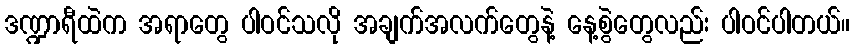
ဒဏ္ဍာရီထဲက အရာတွေ ပါဝင်သလို အချက်အလက်တွေနဲ့ နေ့စွဲတွေလည်း ပါဝင်ပါတယ်။